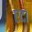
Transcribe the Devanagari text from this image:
एदा